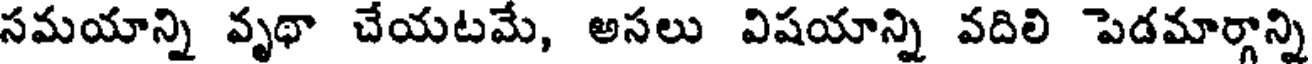
సమయాన్ని వృథా చేయటమే, అసలు విషయాన్ని వదిలి పెడమార్గాన్ని